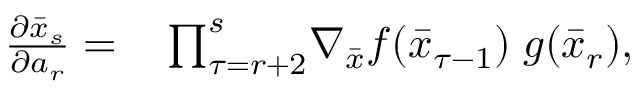
\begin{array} { r l } { \frac { \partial \bar { x } _ { s } } { \partial a _ { r } } = } & { { } \prod _ { \tau = r + 2 } ^ { s } \! \nabla _ { \bar { x } } f ( \bar { x } _ { \tau - 1 } ) \; g ( \bar { x } _ { r } ) , } \end{array}